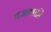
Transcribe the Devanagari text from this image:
प्रजाशक्ती